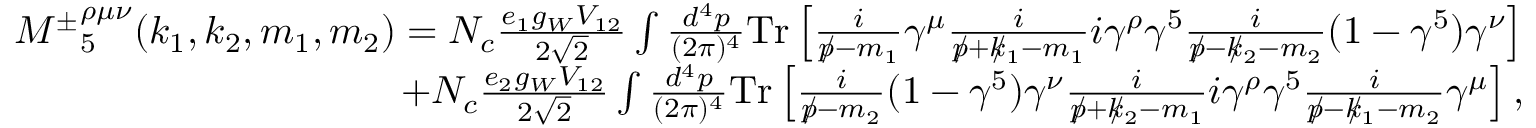
\begin{array} { r l r } & { } & { { M ^ { \pm } } _ { 5 } ^ { \rho \mu \nu } ( k _ { 1 } , k _ { 2 } , m _ { 1 } , m _ { 2 } ) = N _ { c } \frac { e _ { 1 } g _ { W } V _ { 1 2 } } { 2 \sqrt { 2 } } \int \frac { d ^ { 4 } p } { ( 2 \pi ) ^ { 4 } } \mathrm { { T r } } \left[ \frac { i } { p \! \! \! / - m _ { 1 } } \gamma ^ { \mu } \frac { i } { p \! \! \! / + k \! \! \! / _ { 1 } - m _ { 1 } } i \gamma ^ { \rho } \gamma ^ { 5 } \frac { i } { p \! \! \! / - k \! \! \! / _ { 2 } - m _ { 2 } } ( 1 - \gamma ^ { 5 } ) \gamma ^ { \nu } \right] } \\ & { } & { + N _ { c } \frac { e _ { 2 } g _ { W } V _ { 1 2 } } { 2 \sqrt { 2 } } \int \frac { d ^ { 4 } p } { ( 2 \pi ) ^ { 4 } } { \mathrm { T r } } \left[ \frac { i } { p \! \! \! / - m _ { 2 } } ( 1 - \gamma ^ { 5 } ) \gamma ^ { \nu } \frac { i } { p \! \! \! / + k \! \! \! / _ { 2 } - m _ { 1 } } i \gamma ^ { \rho } \gamma ^ { 5 } \frac { i } { p \! \! \! / - k \! \! \! / _ { 1 } - m _ { 2 } } \gamma ^ { \mu } \right] , } \end{array}